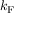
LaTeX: k _ { \mathrm { F } }